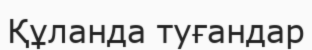
Құланда туғандар